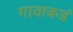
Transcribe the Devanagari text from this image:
गावाकडं